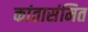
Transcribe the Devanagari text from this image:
कांतासंमित